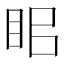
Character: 𥅑